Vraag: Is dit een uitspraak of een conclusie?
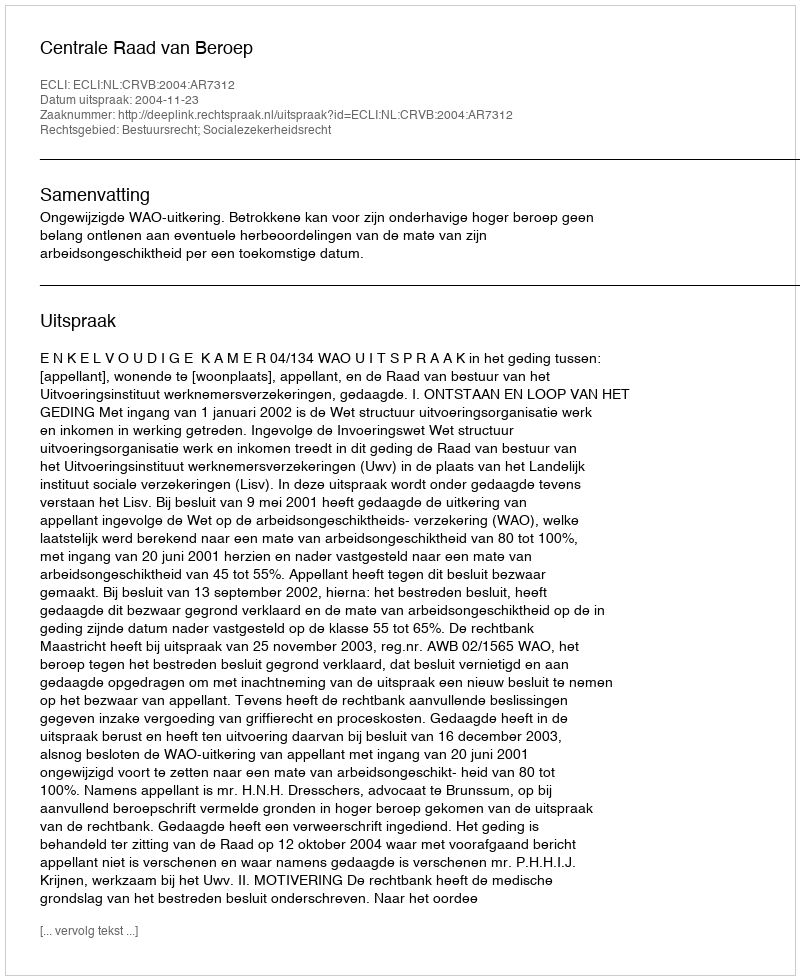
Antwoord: Uitspraak